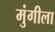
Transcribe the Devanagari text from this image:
मुंगीला